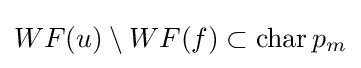
WF(u)\setminus WF(f)\subset \operatorname {char} p_{m}